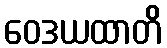
ဝေဒယထာတိ